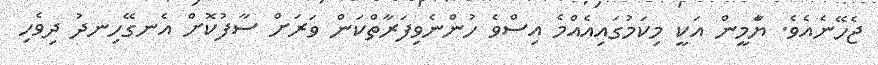
ޖެހޭނެއެވެ. ޔަާމީން އަކީ މިކަމުގައިއެއްމެ އިސްވެ ހުންނެވިފަރާތްކަން ވަރަށް ސާފުކޮށް އެނގޭހިނދު ދިވެހި